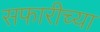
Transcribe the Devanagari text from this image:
सफारीच्या